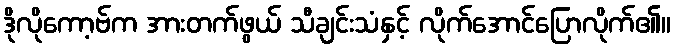
ဒိုလိုကော့ဗ်က အားတက်ဖွယ် သီချင်းသံနှင့် လိုက်အောင်ပြောလိုက်၏။